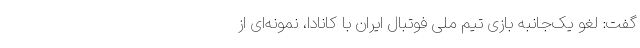
گفت: لغو یک‌جانبه بازی تیم ملی فوتبال ایران با کانادا، نمونه‌ای از